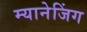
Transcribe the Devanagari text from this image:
म्यानेजिंग